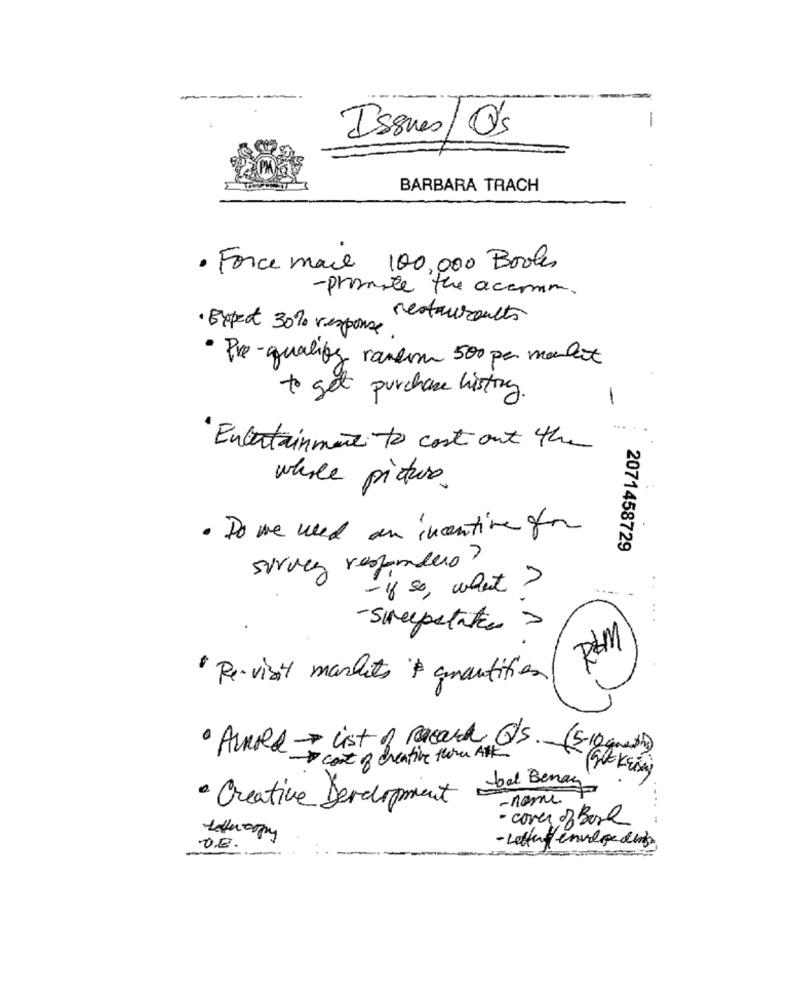
-
Issues/Q's
BARBARA TRACH
· Force mail 100,000 Books
- promote the accomm.
restaurants
· Expect 30% response.
· Pre- qualify random 500 pc moulet
to get purchase history.
-
Entertainment to cost out the
whole picture
· Do we need an incentive for
2071458729
Survey responders?
- if so, what ?
-stepstation>
ROM
" Re- visit markets $ quantities
·Acold - list of record Qs. (5-10 good)
-cost of creative there A
(GickEin)
· Creative Development doal Benay
- nome
· cover of Bore
O.E.
- Letter envelope dings